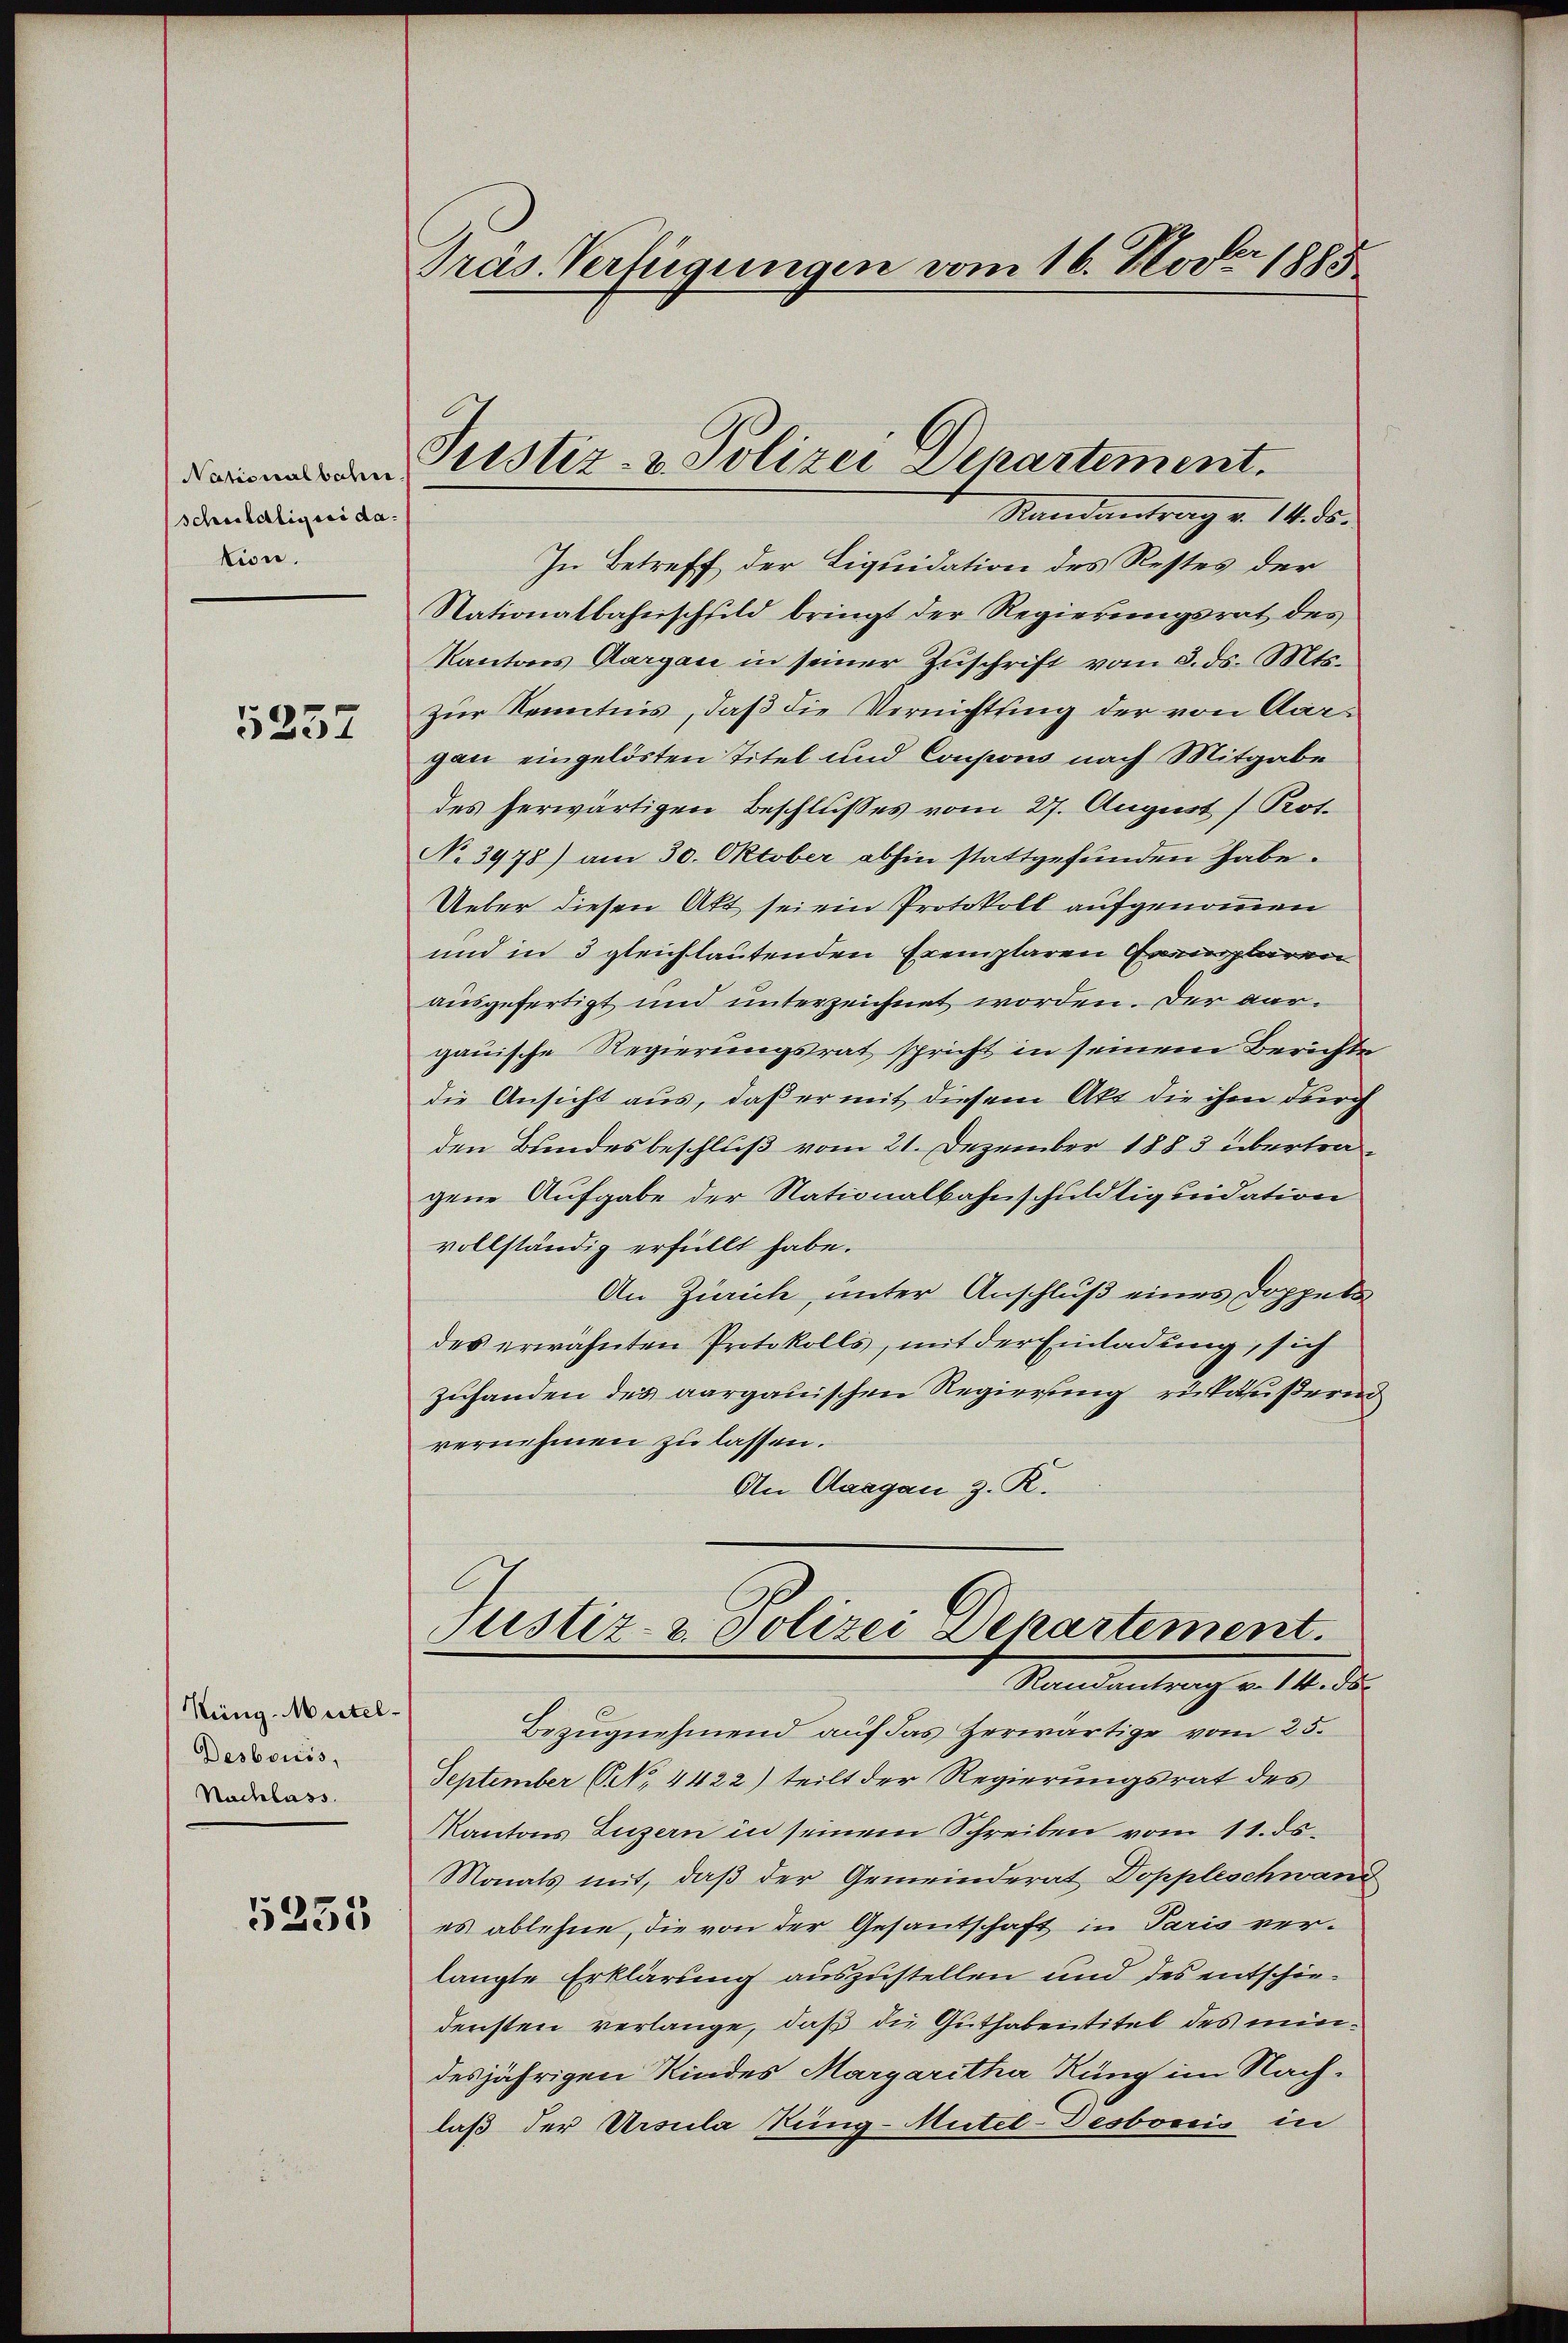
Nationalbahn
schuldliquidation.

5237

Keng-Mustel
Desbouss,
Nachbass.

5255

Präs. Verfügungen vom 16. Nov. 1885

In Betreff der Liquidation des Restes der
Stationalbahnschfild bringt der Regierungsrat des
Kantons Aargau in seiner Zŭschrift vom 3. ds. Mts.
zur Kenntnis, daß die Vernichtung der von Aar-
gan eingelösten Titel und Coupons nach Mitgabe
des herwärtigen Beschlußes vom 27. August / Pot.
No 3978) am 30. Oktober abhin stattgefunden habe.
Ueber diesen Akt sei ein Protokoll aufgenommen
und in 3 gleichlautenden Exemplaren Gremplaren
ausgefertigt und unterzeichnet worden. Der aargauische Regierungsrat spricht in seinem Berichte
die Ansicht aus, daß er mit diesem Akt die ihm durch
den Bundesbeschluß vom 21. Dezember 1883 übertragene Aufgabe der Nationalbahnschuldtiquidation
vollständig erfüllt habe.
An Zürich, unter Anschluß eines Doppel
des erwähnten Protokolls, mit der Einladung, sich
zuhanden des aargauischen Regierung rükäußern
vernehmen zu lassen.
An Aargau z. R.

Justiz- & Polizei Departement.
Randantrag v. 14. ds.

Justiz- & Polizei Departement.
Randantrag v. 14. ds.

Bezŭgnehmend auf das Zerwärtige vom 25.
September (N. 4422) teilt der Regierungsrat des
Kantons Luzern in seinem Schreiben vom 11. ds.
Monats mit, daß der Gemeinderat Doppleschwand
es ablehne, die von der Gesantschaft in Paris verlangte Erklärung auszustellen und des entschiedensten verlange, daß die Guthabentitel des mindesjährigen Kindes Margaritha Rung im Nach-
laß der Ursula Rung-Mutel-Desbonis in